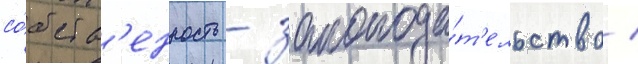
со́бств'енность - законода́т'ельство /